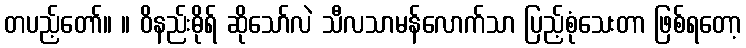
တပည့်တော်။ ။ ဝိနည်းဓိုရ် ဆိုသော်လဲ သီလသာမန်လောက်သာ ပြည့်စုံသေးတာ ဖြစ်ရတော့